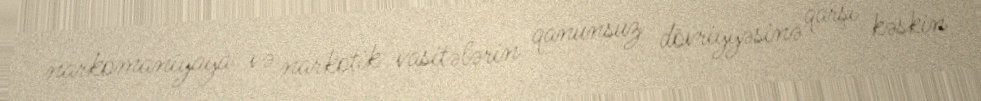
narkomaniyaya və narkotik vasitələrin qanunsuz dövriyyəsinə qarşı kəskin